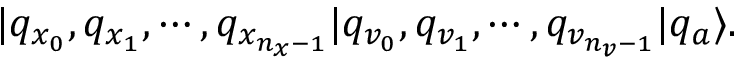
| q _ { x _ { 0 } } , q _ { x _ { 1 } } , \cdots , q _ { x _ { n _ { x } - 1 } } | q _ { v _ { 0 } } , q _ { v _ { 1 } } , \cdots , q _ { v _ { n _ { v } - 1 } } | q _ { a } \rangle .